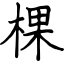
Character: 棵